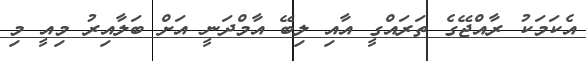
އެކަމަކު ރާއްޖޭގެ ތަރައްގީ އާއި ލިބޭ އާމްދަނީ އަށް ބަލާއިރު މިއީ މި